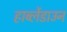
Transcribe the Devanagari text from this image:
हार्ब्लेडाउन